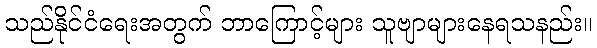
သည်နိုင်ငံရေးအတွက် ဘာကြောင့်များ သူဗျာများနေရသနည်း။